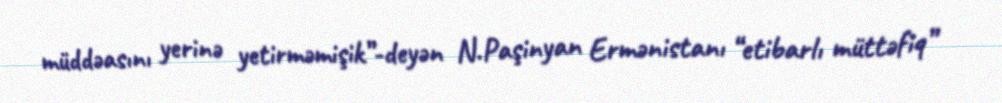
müddəasını yerinə yetirməmişik”-deyən N.Paşinyan Ermənistanı “etibarlı müttəfiq”